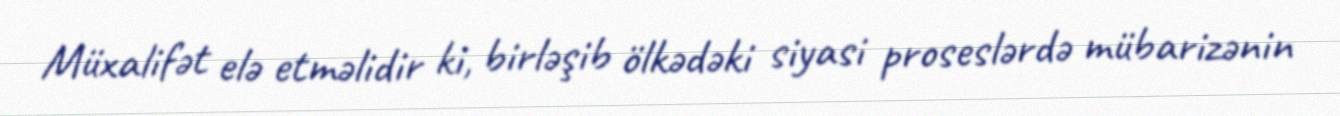
Müxalifət elə etməlidir ki, birləşib ölkədəki siyasi proseslərdə mübarizənin